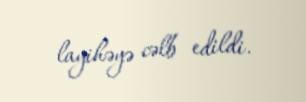
layihəyə cəlb edildi.